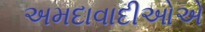
અમદાવાદીઓએ